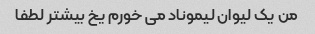
من یک لیوان لیموناد می خورم یخ بیشتر لطفا